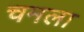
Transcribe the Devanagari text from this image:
चमला